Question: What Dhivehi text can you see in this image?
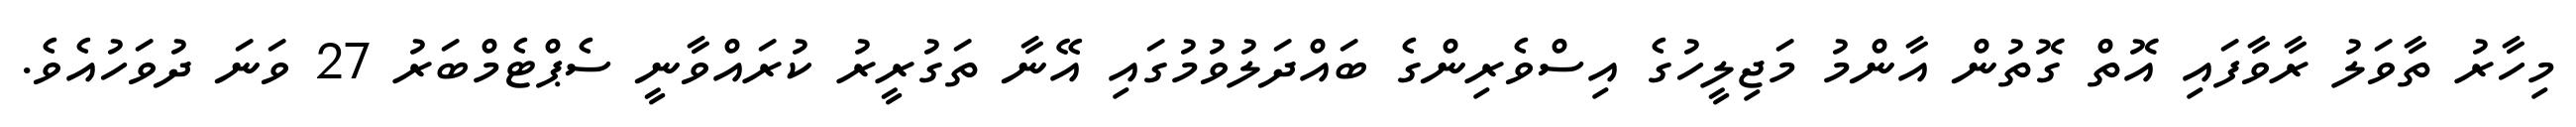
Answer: މިހާރު ތާވަލު ރާވާފައި އޮތް ގޮތުން އާންމު މަޖިލީހުގެ އިސްވެރިންގެ ބައްދަލުވުމުގައި އޭނާ ތަގުރީރު ކުރައްވާނީ ސެޕްޓެމްބަރު 27 ވަނަ ދުވަހުއެވެ.